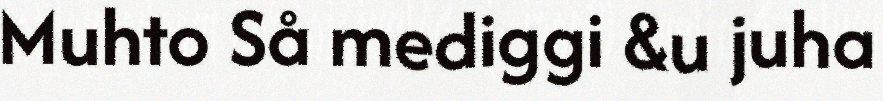
Muhto Så mediggi &u juha